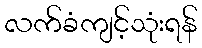
လက်ခံကျင့်သုံးရန်